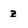
Character: z